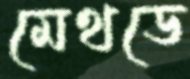
মেথডে